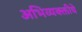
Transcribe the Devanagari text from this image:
अभिव्यक्क्तीचे